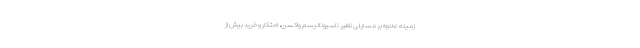
زمینه علاوه بر مسایلی نظیر ناسیونالیسم واکسن، احتکار و خرید بیش از